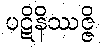
ပဋိနိဿဇ္ဇိ